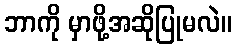
ဘာကို မှာဖို့အဆိုပြုမလဲ။